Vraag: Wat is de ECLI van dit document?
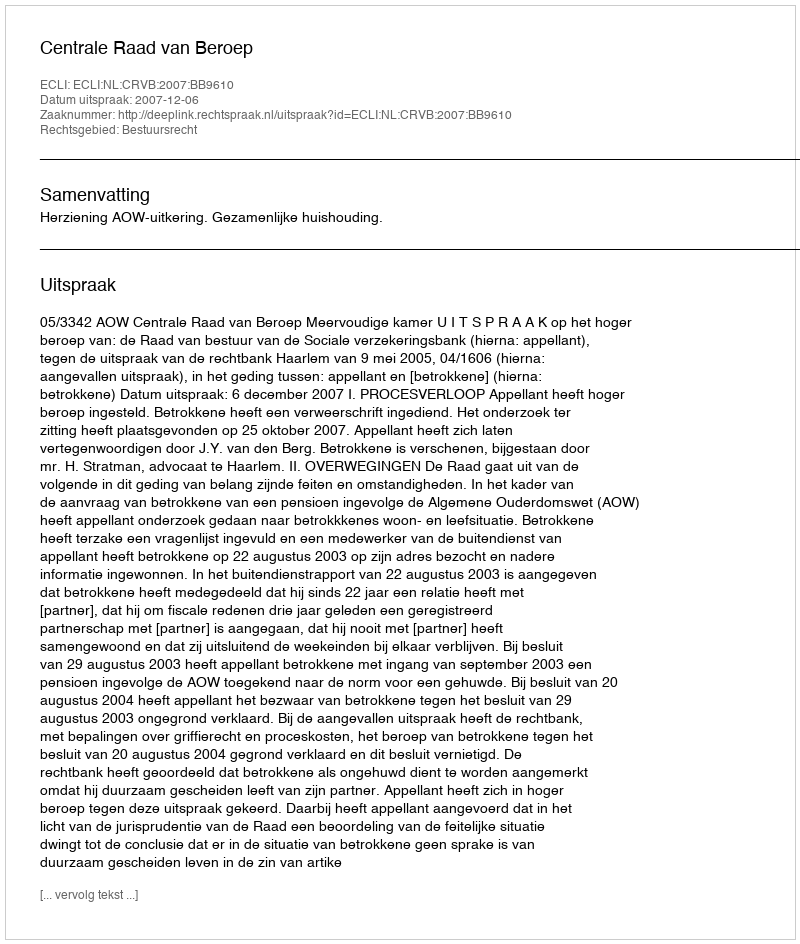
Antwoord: ECLI:NL:CRVB:2007:BB9610